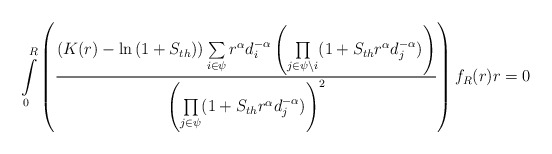
\begin{align*}\int\limits_{0}^{R}\left(\frac{\left(K(r)-\ln{(1+S_{th})}\right)\sum\limits_{i\in \psi}r^\alpha d_i^{-\alpha}\left ( \underset{j \in \psi\setminus i}\prod{(1+S_{th} r^\alpha d_j^{-\alpha}})\right)}{\left(\underset{j \in \psi}\prod{(1+S_{th} r^\alpha d_j^{-\alpha})}\right)^2}\right)f_R(r)r=0\end{align*}